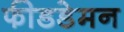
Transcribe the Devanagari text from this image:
फीडडेमन